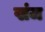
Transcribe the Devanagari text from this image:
खंज